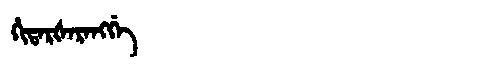
Manchu: ᡥᡳᡨᠠᡵᡧᠠᡵᠠᠩᡤᡝ
Romanization: HITARŠARANGGE